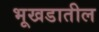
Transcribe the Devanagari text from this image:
भूखडातील